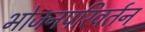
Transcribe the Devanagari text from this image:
भोजनपरिवर्तन